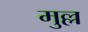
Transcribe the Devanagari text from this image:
मुल्ल